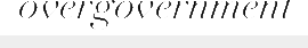
overgovernment